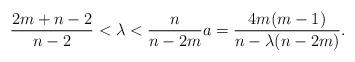
LaTeX: \begin{align*} \frac{2m+n-2}{n-2} < \lambda < \frac{n}{n-2m}a = \frac{4m(m-1)}{n-\lambda(n-2m)}.\end{align*}